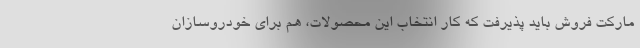
مارکت فروش باید پذیرفت که کار انتخاب این محصولات، هم برای خودروسازان